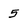
Character: 5